Supplement to the account of plague administration in the Bombay Presidency from September 1896 till May 1897
Year: 1896
Disease focus: Plague
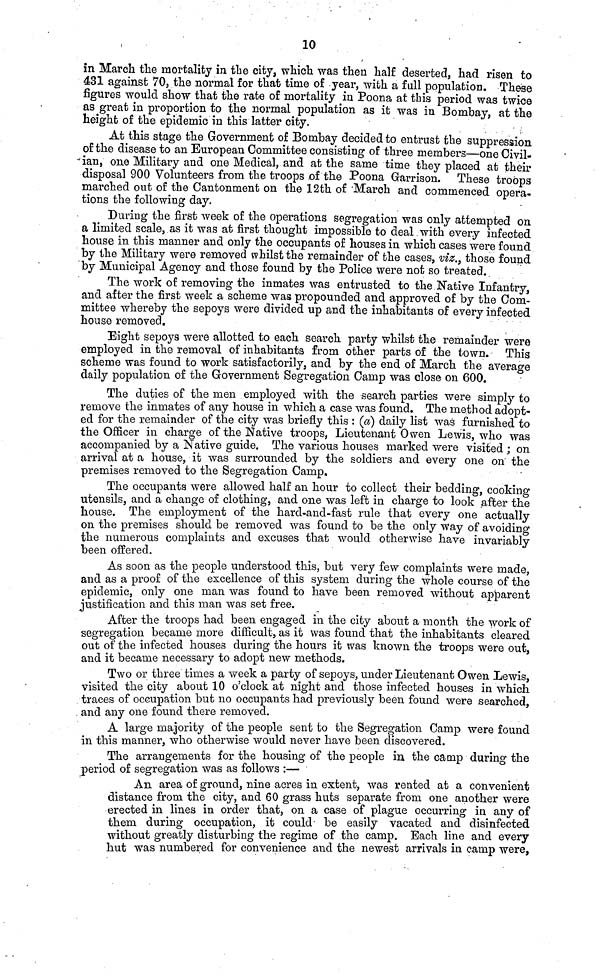
10
in March the mortality in the city, which was then half deserted, had risen to
431 against 70, the normal for that time of year, with a full population. These
figures would show that the rate of mortality in Poona at this period was twice
as great in proportion to the normal population as it was in Bombay, at the
height of the epidemic in this latter city.
At this stage the Government of Bombay decided to entrust the suppression
of the disease to an European Committee consisting of three members—one Civil-
ian, one Military and one Medical, and at the same time they placed at their
disposal 900 Volunteers from the troops of the Poona Garrison. These troops
marched out of the Cantonment on the 12th of March and commenced opera-
tions the following day.
During the first week of the operations segregation was only attempted on
a limited scale, as it was at first thought impossible to deal with every infected
house in this manner and only the occupants of houses in which cases were found
by the Military were removed whilst the remainder of the cases, viz., those found
by Municipal Agency and those found by the Police were not so treated.
The work of removing the inmates was entrusted to the Native Infantry,
and after the first week a scheme was propounded and approved of by the Com-
mittee whereby the sepoys were divided up and the inhabitants of every infected
house removed.
Eight sepoys were allotted to each search party whilst the remainder were
employed in the removal of inhabitants from other parts of the town. This
scheme was found to work satisfactorily, and by the end of March the average
daily population of the Government Segregation Camp was close on 600.
The duties of the men employed with the search parties were simply to
remove the inmates of any house in which a case was found. The method adopt-
ed for the remainder of the city was briefly this : (a) daily list was furnished to
the Officer in charge of the Native troops, Lieutenant Owen Lewis, who was
accompanied by a Native guide. The various houses marked were visited ; on
arrival at a house, it was surrounded by the soldiers and every one on the
premises removed to the Segregation Camp.
The occupants were allowed half an hour to collect their bedding, cooking
utensils, and a change of clothing, and one was left in charge to look after the
house. The employment of the hard-and-fast rule that every one actually
on the premises should be removed was found to be the only way of avoiding
the numerous complaints and excuses that would otherwise have invariably
been offered.
As soon as the people understood this, but very few complaints were made,
and as a proof of the excellence of this system during the whole course of the
epidemic, only one man was found to have been removed without apparent
justification and this man was set free.
After the troops had been engaged in the city about a month the work of
segregation became more difficult, as it was found that the inhabitants cleared
out of the infected houses during the hours it was known the troops were out,
and it became necessary to adopt new methods.
Two or three times a week a party of sepoys, under Lieutenant Owen Lewis,
visited the city about 10 o'clock at night and those infected houses in which
traces of occupation but no occupants had previously been found were searched,
. and any one found there removed.
A large majority of the people sent to the Segregation Camp were found
in this manner, who otherwise would never have been discovered.
The arrangements for the housing of the people in the camp during the
period of segregation was as follows :—
An area of ground, nine acres in extent, was rented at a convenient
distance from the city, and 60 grass huts separate from one another were
erected in lines in order that, on a case of plague occurring in any of
them during occupation, it could be easily vacated and disinfected
without greatly disturbing the regime of the camp. Each line and every
hut was numbered for convenience and the newest arrivals in camp were,